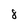
Character: 8